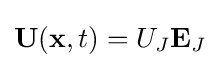
\mathbf {U} (\mathbf {x} ,t)=U_{J}\mathbf {E} _{J}